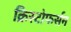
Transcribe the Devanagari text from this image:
क्रिस्टोफर्सन